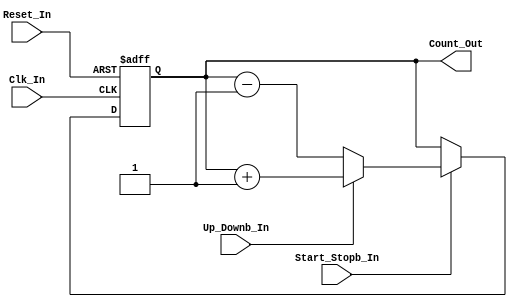
/*
Verilog Code, to implement a 4-Bit Up-Down Counter.



Author : Prasad Narayan Ghatol
*/



module Up_Down_Counter_4_Bit (
    input            Clk_In,
    input            Reset_In,

    input            Start_Stopb_In,
    input            Up_Downb_In,
    output reg [3:0] Count_Out
);



// --------------------------------------------------
// 4-Bit Up-Down Counter Logic
// --------------------------------------------------
always @ (negedge Clk_In or posedge Reset_In)
    begin
        if (Reset_In)
            begin
                Count_Out <= 4'b0;
            end
        else if (Start_Stopb_In)
            begin
                if (Up_Downb_In)
                    begin
                        Count_Out <= Count_Out + 1'b1;
                    end
                else
                    begin
                        Count_Out <= Count_Out - 1'b1;
                    end
            end
        else
            begin
                Count_Out <= Count_Out;
            end
    end



endmodule